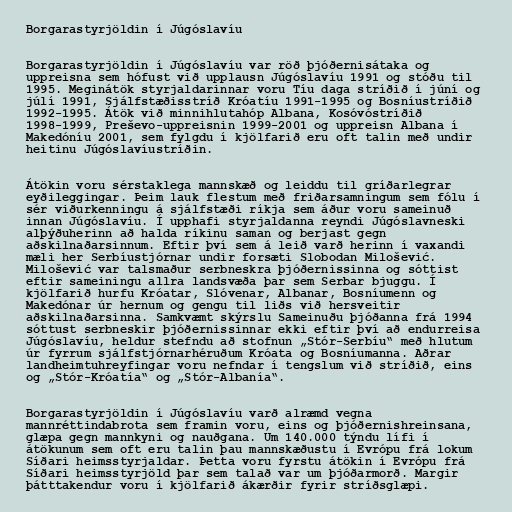
Borgarastyrjöldin í Júgóslavíu

Borgarastyrjöldin í Júgóslavíu var röð þjóðernisátaka og
uppreisna sem hófust við upplausn Júgóslavíu 1991 og stóðu til
1995. Meginátök styrjaldarinnar voru Tíu daga stríðið í júní og
júlí 1991, Sjálfstæðisstríð Króatíu 1991-1995 og Bosníustríðið
1992-1995. Átök við minnihlutahóp Albana, Kosóvóstríðið
1998-1999, Preševo-uppreisnin 1999-2001 og uppreisn Albana í
Makedóníu 2001, sem fylgdu í kjölfarið eru oft talin með undir
heitinu Júgóslavíustríðin.

Átökin voru sérstaklega mannskæð og leiddu til gríðarlegrar
eyðileggingar. Þeim lauk flestum með friðarsamningum sem fólu í
sér viðurkenningu á sjálfstæði ríkja sem áður voru sameinuð
innan Júgóslavíu. Í upphafi styrjaldanna reyndi Júgóslavneski
alþýðuherinn að halda ríkinu saman og berjast gegn
aðskilnaðarsinnum. Eftir því sem á leið varð herinn í vaxandi
mæli her Serbíustjórnar undir forsæti Slobodan Milošević.
Milošević var talsmaður serbneskra þjóðernissinna og sóttist
eftir sameiningu allra landsvæða þar sem Serbar bjuggu. Í
kjölfarið hurfu Króatar, Slóvenar, Albanar, Bosníumenn og
Makedónar úr hernum og gengu til liðs við hersveitir
aðskilnaðarsinna. Samkvæmt skýrslu Sameinuðu þjóðanna frá 1994
sóttust serbneskir þjóðernissinnar ekki eftir því að endurreisa
Júgóslavíu, heldur stefndu að stofnun „Stór-Serbíu“ með hlutum
úr fyrrum sjálfstjórnarhéruðum Króata og Bosníumanna. Aðrar
landheimtuhreyfingar voru nefndar í tengslum við stríðið, eins
og „Stór-Króatía“ og „Stór-Albanía“.

Borgarastyrjöldin í Júgóslavíu varð alræmd vegna
mannréttindabrota sem framin voru, eins og þjóðernishreinsana,
glæpa gegn mannkyni og nauðgana. Um 140.000 týndu lífi í
átökunum sem oft eru talin þau mannskæðustu í Evrópu frá lokum
Síðari heimsstyrjaldar. Þetta voru fyrstu átökin í Evrópu frá
Síðari heimsstyrjöld þar sem talað var um þjóðarmorð. Margir
þátttakendur voru í kjölfarið ákærðir fyrir stríðsglæpi.